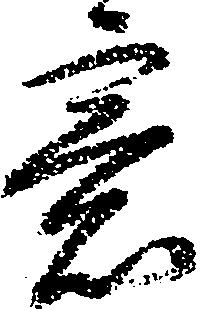
意